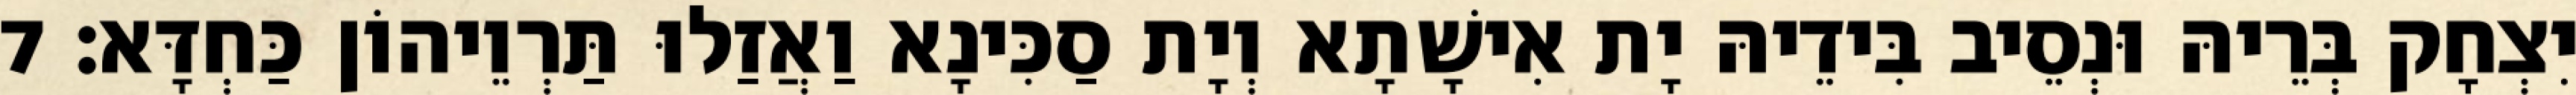
יִצְחָק בְּרֵיהּ וּנְסֵיב בִּידֵיהּ יָת אִישָׁתָא וְיָת סַכִּינָא וַאֲזַלוּ תַּרְוֵיהוֹן כַּחְדָּא׃ 7